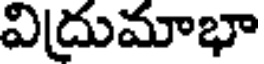
విద్రుమాభా